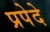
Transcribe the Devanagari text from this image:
प्रपेदे